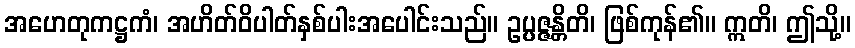
အဟေတုကဋ္ဌကံ၊ အဟိတ်ဝိပါတ်နှစ်ပါးအပေါင်းသည်။ ဥပ္ပဇ္ဇန္တိတိ၊ ဖြစ်ကုန်၏။ ဣတိ၊ ဤသို့။